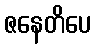
ဇနေတိပေ